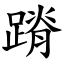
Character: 蹐